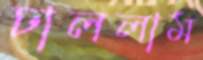
ঢাললাম